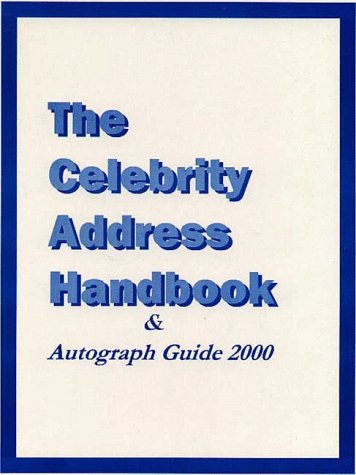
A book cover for The Celebrity Address Handbook & Autograph Guide 2000; Crafts, Hobbies & Home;